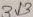
Text: 313